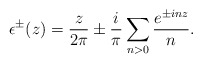
\begin{align*}\epsilon^{\pm}(z)=\frac{z}{2\pi}\pm\frac{i}{\pi}\sum_{n>0}\frac{e^{\pm inz}}{n}.\end{align*}